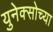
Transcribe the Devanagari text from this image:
युनेक्सोच्या